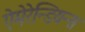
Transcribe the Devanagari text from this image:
ऐमेरेन्डियन्स